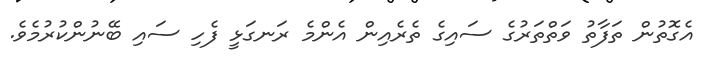
އެގޮތުން ތަފާތު ވަތްތަރުގެ ސައިގެ ތެރެއިން އެންމެ ރަނގަޅީ ފެހި ސައި ބޭނުންކުރުމެވެ.